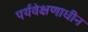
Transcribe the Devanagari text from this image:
पर्यवेक्षणाधीन